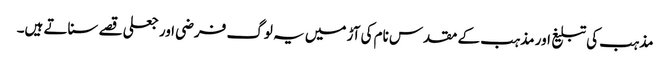
مذہب کی تبلیغ اور مذہب کے مقدس نام کی آڑ میں یہ لوگ فرضی اور جعلی قصے سناتے ہیں۔